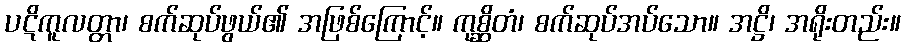
ပဋိကူလတ္တာ၊ စက်ဆုပ်ဖွယ်၏ အဖြစ်ကြောင့်။ ကုစ္ဆိတံ၊ စက်ဆုပ်အပ်သော။ အဋ္ဌိ၊ အရိုးတည်း။